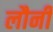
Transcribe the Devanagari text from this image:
लौनी